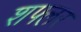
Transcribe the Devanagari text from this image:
शफ्लर